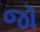
જૉ